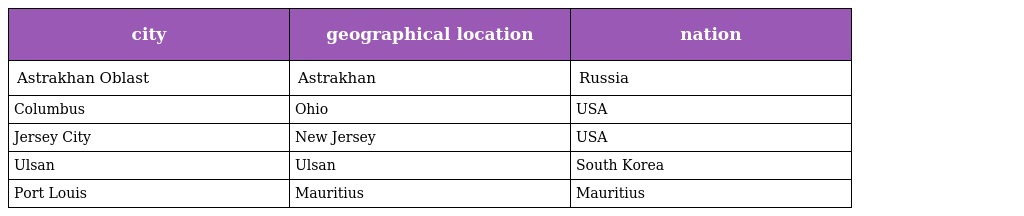
| city | geographical location | nation |
 | --- | --- | --- |
 | Astrakhan Oblast | Astrakhan | Russia |
 | Columbus | Ohio | USA |
 | Jersey City | New Jersey | USA |
 | Ulsan | Ulsan | South Korea |
 | Port Louis | Mauritius | Mauritius |